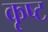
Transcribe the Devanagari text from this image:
कृष्ट